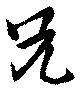
兄